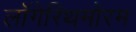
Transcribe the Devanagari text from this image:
लॉगेरिथमोरम